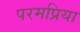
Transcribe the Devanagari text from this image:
परमप्रिया